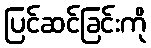
ပြင်ဆင်ခြင်းကို